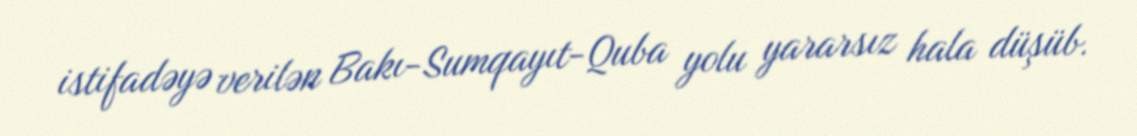
istifadəyə verilən Bakı-Sumqayıt-Quba yolu yararsız hala düşüb.